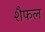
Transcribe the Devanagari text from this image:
शैफल